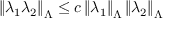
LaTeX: \left\| \lambda _ { 1 } \lambda _ { 2 } \right\| _ { \Lambda } \leq c \left\| \lambda _ { 1 } \right\| _ { \Lambda } \left\| \lambda _ { 2 } \right\| _ { \Lambda }